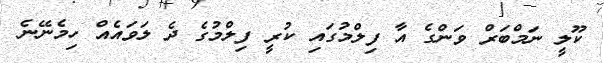
ކޫލީ ނަމްބަރް ވަންގެ އާ ފިލްމުގައި ކުރީ ފިލްމުގެ ދެ ލަވައެއް ހިމެނޭނެ